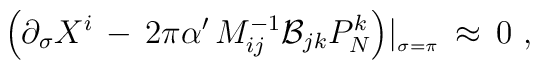
\Big( \partial_\sigma X^i \,-\,2\pi \alpha^\prime\, M^{-1}_{ij}  {\cal B}_{jk} P_N^k \Big)\vert_{_{\sigma = \pi}} \,\approx\,0\,\,,